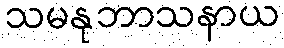
သမနုဘာသနာယ